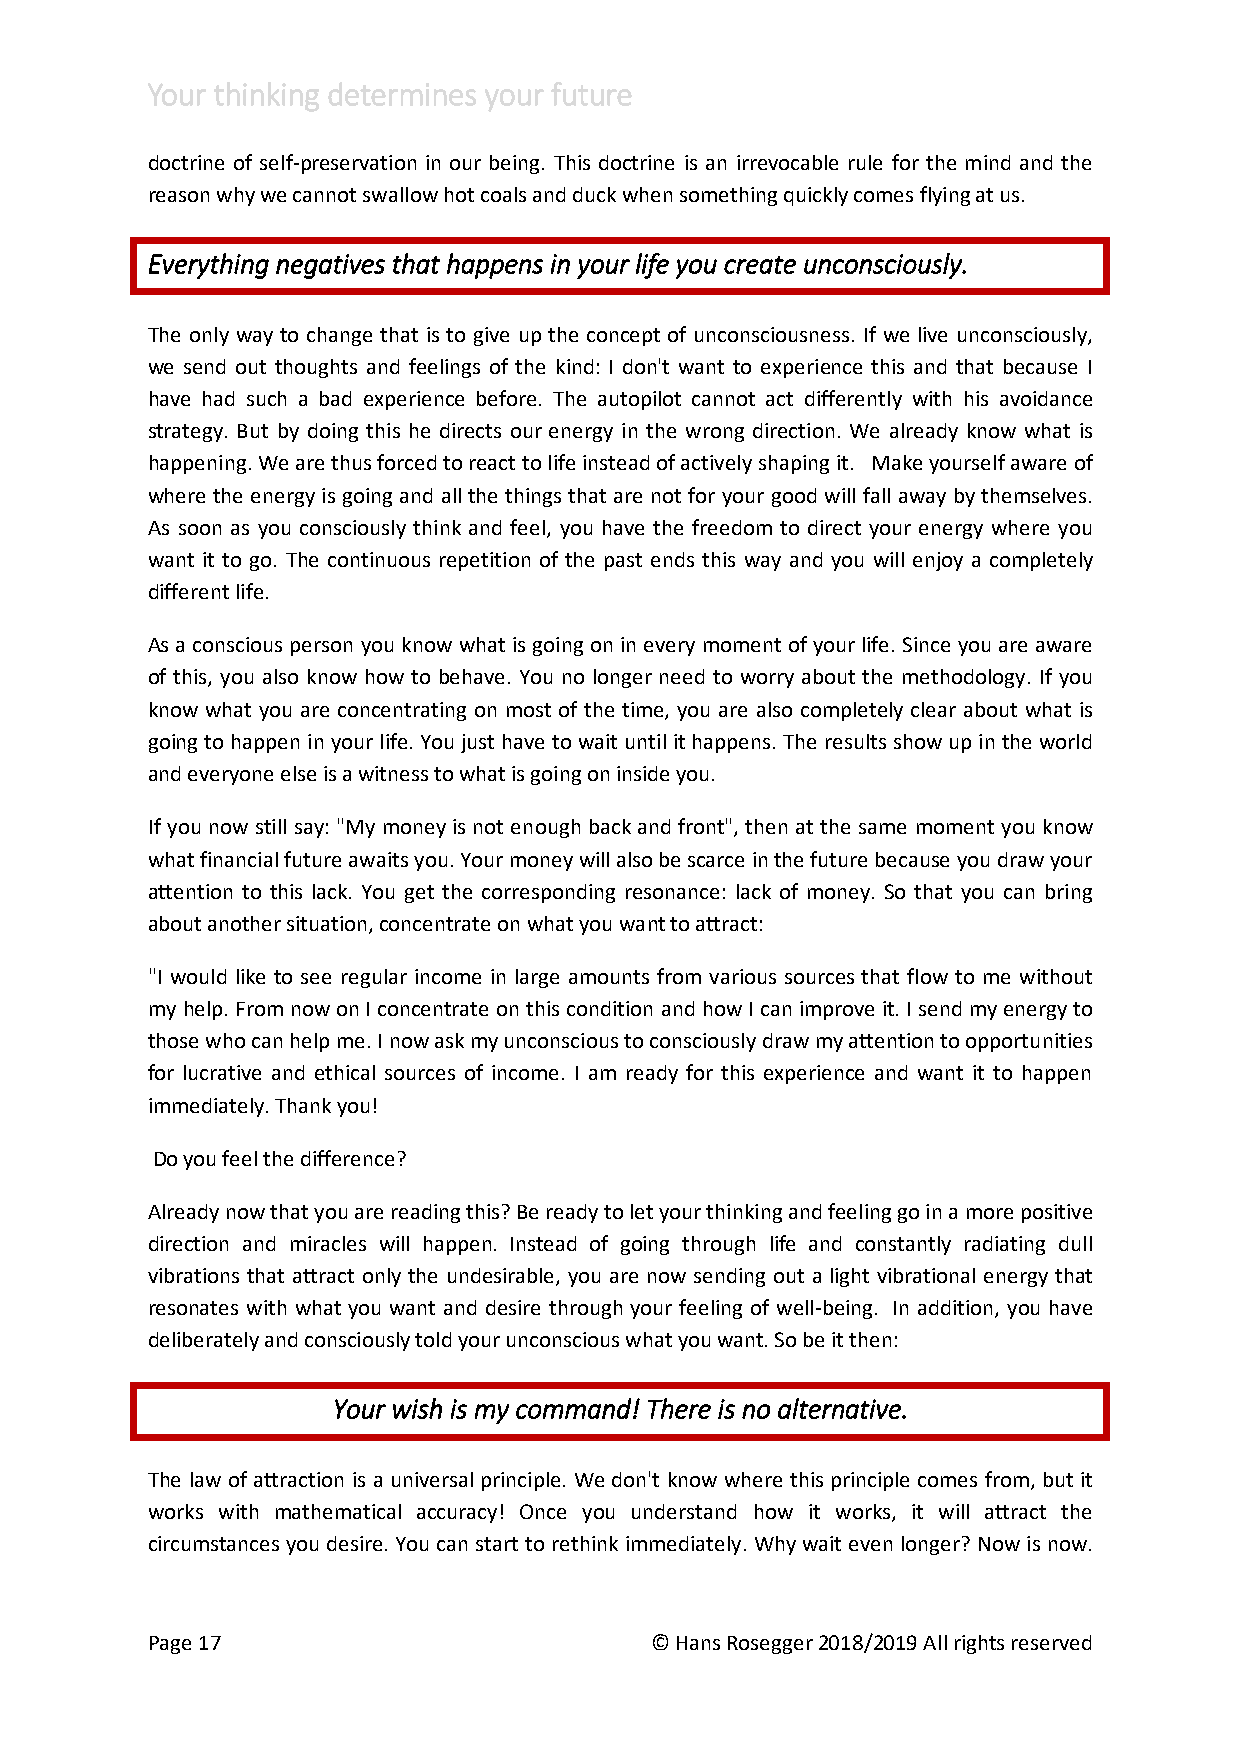
Your thinking determines your future
 doctrine of self-preservation in our being. This doctrine is an irrevocable rule for the mind and the
 reason why we cannot swallow hot coals and duck when something quickly comes flying at us.
 Everything negatives that happens in your life you create unconsciously.
 The only way to change that is to give up the concept of unconsciousness. If we live unconsciously,
 we send out thoughts and feelings of the kind: I don't want to experience this and that because I
 have had such a bad experience before. The autopilot cannot act differently with his avoidance
 strategy. But by doing this he directs our energy in the wrong direction. We already know what is
 happening. We are thus forced to react to life instead of actively shaping it. Make yourself aware of
 where the energy is going and all the things that are not for your good will fall away by themselves.
 As soon as you consciously think and feel, you have the freedom to direct your energy where you
 want it to go. The continuous repetition of the past ends this way and you will enjoy a completely
 different life.
 As a conscious person you know what is going on in every moment of your life. Since you are aware
 of this, you also know how to behave. You no longer need to worry about the methodology. If you
 know what you are concentrating on most of the time, you are also completely clear about what is
 going to happen in your life. You just have to wait until it happens. The results show up in the world
 and everyone else is a witness to what is going on inside you.
 If you now still say: "My money is not enough back and front", then at the same moment you know
 what financial future awaits you. Your money will also be scarce in the future because you draw your
 attention to this lack. You get the corresponding resonance: lack of money. So that you can bring
 about another situation, concentrate on what you want to attract:
 "I would like to see regular income in large amounts from various sources that flow to me without
 my help. From now on I concentrate on this condition and how I can improve it. I send my energy to
 those who can help me. I now ask my unconscious to consciously draw my attention to opportunities
 for lucrative and ethical sources of income. I am ready for this experience and want it to happen
 immediately. Thank you!
 Do you feel the difference?
 Already now that you are reading this? Be ready to let your thinking and feeling go in a more positive
 direction and miracles will happen. Instead of going through life and constantly radiating dull
 vibrations that attract only the undesirable, you are now sending out a light vibrational energy that
 resonates with what you want and desire through your feeling of well-being. In addition, you have
 deliberately and consciously told your unconscious what you want. So be it then:
 Your wish is my command! There is no alternative.
 The law of attraction is a universal principle. We don't know where this principle comes from, but it
 works with mathematical accuracy! Once you understand how it works, it will attract the
 circumstances you desire. You can start to rethink immediately. Why wait even longer? Now is now.
 Page 17                          © Hans Rosegger 2018/2019 All rights reserved